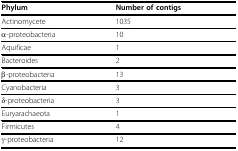
| Phylum | Number of contigs |
 | --- | --- |
 | Actinomycete | 1035 |
 | α-proteobacteria | 10 |
 | Aquificae | 1 |
 | Bacteroides | 2 |
 | β-proteobacteria | 13 |
 | Cyanobacteria | 3 |
 | δ-proteobacteria | 3 |
 | Euryarachaeota | 1 |
 | Firmicutes | 4 |
 | γ-proteobacteria | 12 |